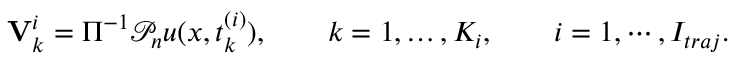
{ \bf V } _ { k } ^ { i } = \Pi ^ { - 1 } { \mathcal P } _ { n } u ( x , t _ { k } ^ { ( i ) } ) , \qquad k = 1 , \dots , K _ { i } , \qquad i = 1 , \cdots , I _ { t r a j } .